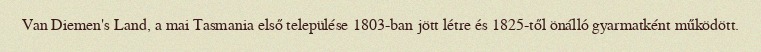
Van Diemen's Land, a mai Tasmania első települése 1803-ban jött létre és 1825-től önálló gyarmatként működött.